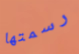
رسمتها